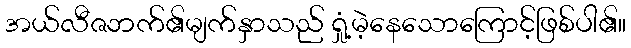
အယ်လီဇဘက်၏မျက်နှာသည် ရှုံ့မဲ့နေသောကြောင့်ဖြစ်ပါ၏။